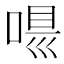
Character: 𠸵